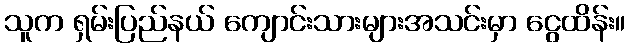
သူက ရှမ်းပြည်နယ် ကျောင်းသားများအသင်းမှာ ငွေထိန်း။